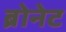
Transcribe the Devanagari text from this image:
ब्रोनेट